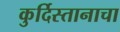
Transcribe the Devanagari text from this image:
कुर्दिस्तानाचा